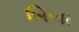
બિબા